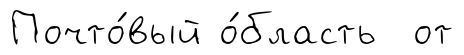
Почто́вый о́бласть от